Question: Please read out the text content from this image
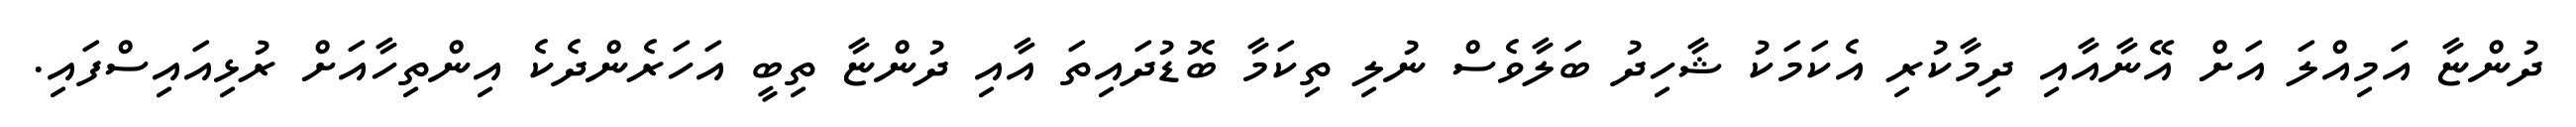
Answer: ދުންޏާ އަމިއްލަ އަށް އޭނާއާއި ދިމާކުރި އެކަމަކު ޝާހިދު ބަލާވެސް ނުލި ތިކަމާ ބޮޑުދައިތަ އާއި ދުންޏާ ތިބީ އަހަރެންދެކެ އިންތިހާއަށް ރުޅިއައިސްފައި.